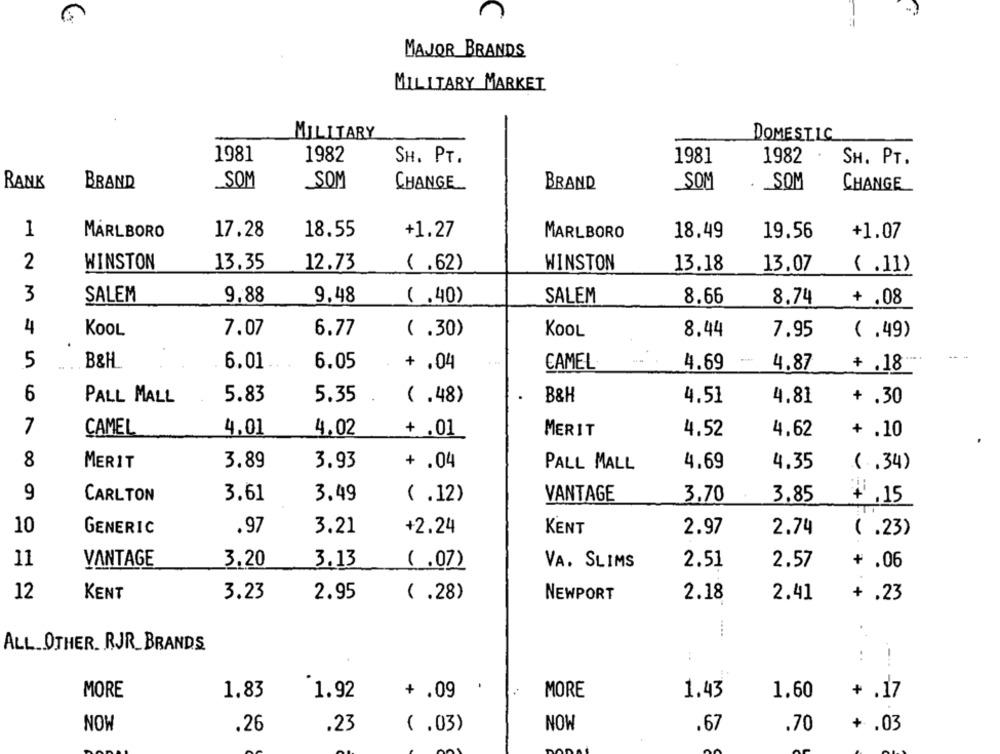
n
MAJOR BRANDS
MILITARY MARKET
MILITARY
DOMESTIC
1981
1982
1981
1982
.
SH. PT.
SH. PT.
RANK
BRAND
SOM
SOM
CHANGE
BRAND
SOM
. SOM
CHANGE
1
MARLBORO
17.28
18.55
+1.27
MARLBORO
18.49
19.56
+1.07
2
WINSTON
13.35
12.73
( .62)
WINSTON
13.18
13.07
( .11)
3
SALEM
9,88
9.48
( .40)
SALEM
8.66
8.74
+ .08
4
KOOL
7.07
6.77
( .30)
KOOL
8.44
7.95
( .49)
5
B&H
6.01
6.05
+ .04
CAMEL
4.69
4.87
+ .18
6
PALL MALL
5.83
5.35
(.48)
B&H
4.51
4.81
+ .30
7
CAMEL
4.01
4.02
+ .01
MERIT
4.52
4,62
+ .10
8
MERIT
3.89
3.93
+ .04
PALL MALL
4.69
4.35
(.34)
9
CARLTON
3.61
3.49
( .12)
VANTAGE
3,70
3.85
₩ .15
10
GENERIC
.97
3.21
+2.24
KENT
2.97
2.74
( .23)
11
VANTAGE
3.20
3.13
( .07)
VA. SLIMS
2.51
2.57
+.06
12
KENT
3.23
2.95
( .28)
2.18
NEWPORT
2.41
+ .23
....
ALL.OTHER. RJR_BRANDS
..
! !
MORE
1,83
1.92
+ .09
MORE
1.43
1.60
+ .17
NOW
.26
.23
( .03)
NOW
.67
.70
+ .03